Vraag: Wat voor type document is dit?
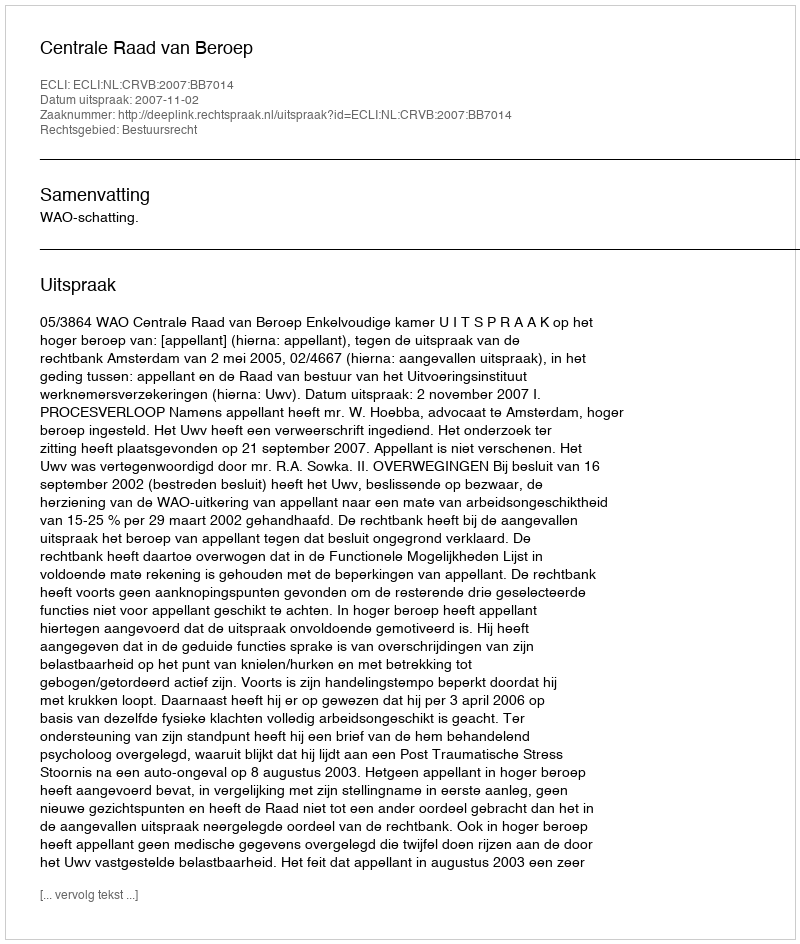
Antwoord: Uitspraak